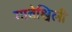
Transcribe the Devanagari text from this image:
गाबेश्विली